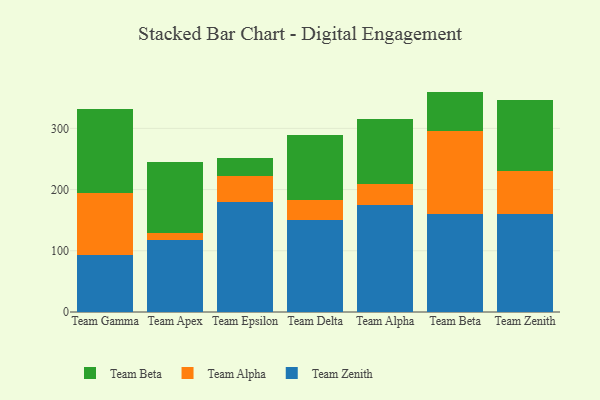
{"axis": {"x": "Team", "y": "Satisfaction Score"}, "legend": ["Team Alpha", "Team Beta", "Team Zenith"], "data": [{"x": "Team Gamma", "y": 93.7, "type": "Team Zenith"}, {"x": "Team Gamma", "y": 101.4, "type": "Team Alpha"}, {"x": "Team Gamma", "y": 136.4, "type": "Team Beta"}, {"x": "Team Apex", "y": 117.1, "type": "Team Zenith"}, {"x": "Team Apex", "y": 12.5, "type": "Team Alpha"}, {"x": "Team Apex", "y": 115.3, "type": "Team Beta"}, {"x": "Team Epsilon", "y": 179.3, "type": "Team Zenith"}, {"x": "Team Epsilon", "y": 42.1, "type": "Team Alpha"}, {"x": "Team Epsilon", "y": 29.7, "type": "Team Beta"}, {"x": "Team Delta", "y": 150.8, "type": "Team Zenith"}, {"x": "Team Delta", "y": 32.3, "type": "Team Alpha"}, {"x": "Team Delta", "y": 105.4, "type": "Team Beta"}, {"x": "Team Alpha", "y": 175.4, "type": "Team Zenith"}, {"x": "Team Alpha", "y": 34.0, "type": "Team Alpha"}, {"x": "Team Alpha", "y": 105.6, "type": "Team Beta"}, {"x": "Team Beta", "y": 160.7, "type": "Team Zenith"}, {"x": "Team Beta", "y": 134.7, "type": "Team Alpha"}, {"x": "Team Beta", "y": 64.7, "type": "Team Beta"}, {"x": "Team Zenith", "y": 160.8, "type": "Team Zenith"}, {"x": "Team Zenith", "y": 70.1, "type": "Team Alpha"}, {"x": "Team Zenith", "y": 115.9, "type": "Team Beta"}]}